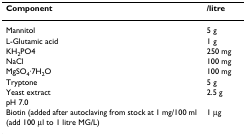
<table><thead><tr><td><b>Component</b></td><td><b>/litre</b></td></tr></thead><tbody><tr><td>Mannitol</td><td>5 g</td></tr><tr><td>L-Glutamic acid</td><td>1 g</td></tr><tr><td>KH<sub>2</sub>PO4</td><td>250 mg</td></tr><tr><td>NaCl</td><td>100 mg</td></tr><tr><td>MgSO<sub>4</sub>·7H<sub>2</sub>O</td><td>100 mg</td></tr><tr><td>Tryptone</td><td>5 g</td></tr><tr><td>Yeast extract</td><td>2.5 g</td></tr><tr><td>pH 7.0</td><td></td></tr><tr><td>Biotin (added after autoclaving from stock at 1 mg/100 ml (add 100 μl to 1 litre MG/L)</td><td>1 μg</td></tr></tbody></table>